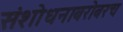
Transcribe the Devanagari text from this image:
संशोधनाबरोबरच